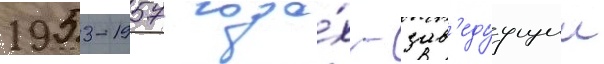
1953-1957 года́х - зав'едуущии